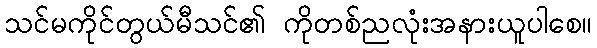
သင်မကိုင်တွယ်မီသင်၏ ကိုတစ်ညလုံးအနားယူပါစေ။